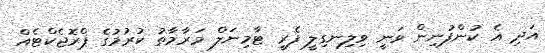
އަދި އެ ކުންފުނިން ވަނީ ވިލިނގިލީ ފެރީ ޓާމިނަލް މަރާމާތު ކުރުމުގެ ޕްރޮޖެކްޓެއް